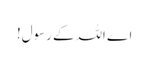
اے اللہ کے رسول!